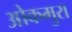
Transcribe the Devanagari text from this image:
ओकमुरा